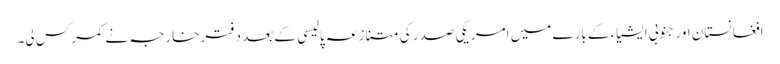
افغانستان اور جنوبی ایشیاء کے بارے میں امریکی صدر کی متنازعہ پالیسی کے بعد دفترخارجہ نے کمر کس لی۔